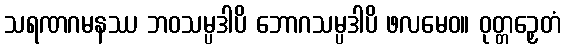
သရဏဂမနဿ ဘဝသမ္ပဒါပိ ဘောဂသမ္ပဒါပိ ဖလမေဝ။ ဝုတ္တဉှေတံ